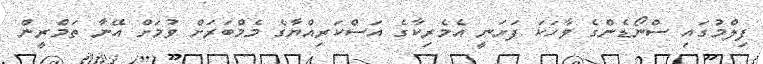
ފިލްމުގައި ސްނޯޑެންގެ ވާހަކަ ފަށަނީ އެމެރިކާގެ އަސްކަރިއްޔާގެ މެމްބަރަށް ވުމަށް އޭނާ ތަމްރީން